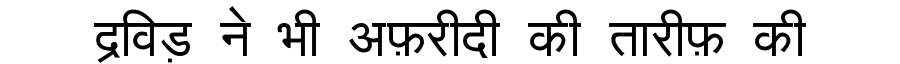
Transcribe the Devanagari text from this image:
द्रविड़ ने भी अफ़रीदी की तारीफ़ की